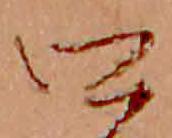
口